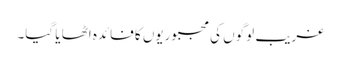
غریب لوگوں کی مجبوریوں کا فائدہ اٹھا یا گیا۔